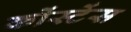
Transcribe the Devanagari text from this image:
कोंस्टेंस